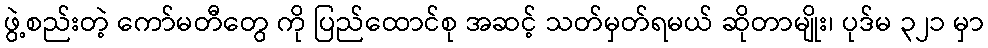
ဖွဲ့စည်းတဲ့ ကော်မတီတွေ ကို ပြည်ထောင်စု အဆင့် သတ်မှတ်ရမယ် ဆိုတာမျိုး၊ ပုဒ်မ ၃၂၁ မှာ